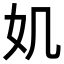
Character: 𡚫